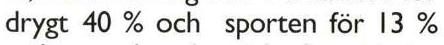
drygt 40 % och sporten för 13 %